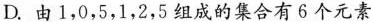
D.由1，0，5，1，2，5组成的集合有6个元素